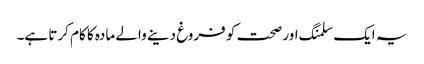
یہ ایک سلمنگ اور صحت کو فروغ دینے والے مادہ کا کام کرتا ہے۔